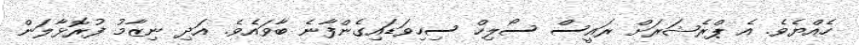
ހެއްޔެވެ. އެ ޕްރެޝަރަށް ރައީސް ސޯލިހް ސިހިވަޑައިގެންފާނެ ބާވައެވެ. އަދި ނިޒާމު ފުރޮޅާލަން